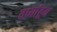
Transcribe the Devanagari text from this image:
वर्ध्याहून